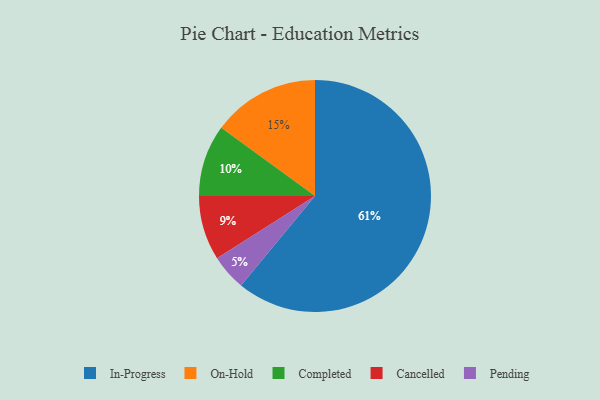
{"axis": {"x": "Category", "y": "Percentage"}, "legend": ["Cancelled", "Completed", "In-Progress", "On-Hold", "Pending"], "data": [{"x": "In-Progress", "y": 61, "type": "In-Progress"}, {"x": "On-Hold", "y": 15, "type": "On-Hold"}, {"x": "Cancelled", "y": 9, "type": "Cancelled"}, {"x": "Pending", "y": 5, "type": "Pending"}, {"x": "Completed", "y": 10, "type": "Completed"}]}